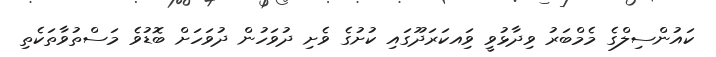
ކައުންސިލްގެ މެމްބަރު ވިދާޅުވީ ވަިއކަރަދޫގައި ކުށުގެ ވެށި ދުވަހުން ދުވަހަށް ބޮޑުވެ މަސްތުވާތަކެތި